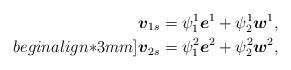
LaTeX: \begin{align*}\mbox{\mathversion{bold}$v$}_{1s}=\psi^{1}_{1}\mbox{\mathversion{bold}$e$}^{1}+\psi^{1}_{2}\mbox{\mathversion{bold}$w$}^{1}, \\begin{align*}3mm]\mbox{\mathversion{bold}$v$}_{2s}=\psi^{2}_{1}\mbox{\mathversion{bold}$e$}^{2}+\psi^{2}_{2}\mbox{\mathversion{bold}$w$}^{2}, \end{align*}